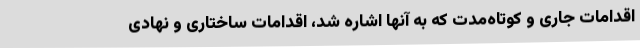
اقدامات جاری و کوتاه‌مدت که به آنها اشاره شد، اقدامات ساختاری و نهادی